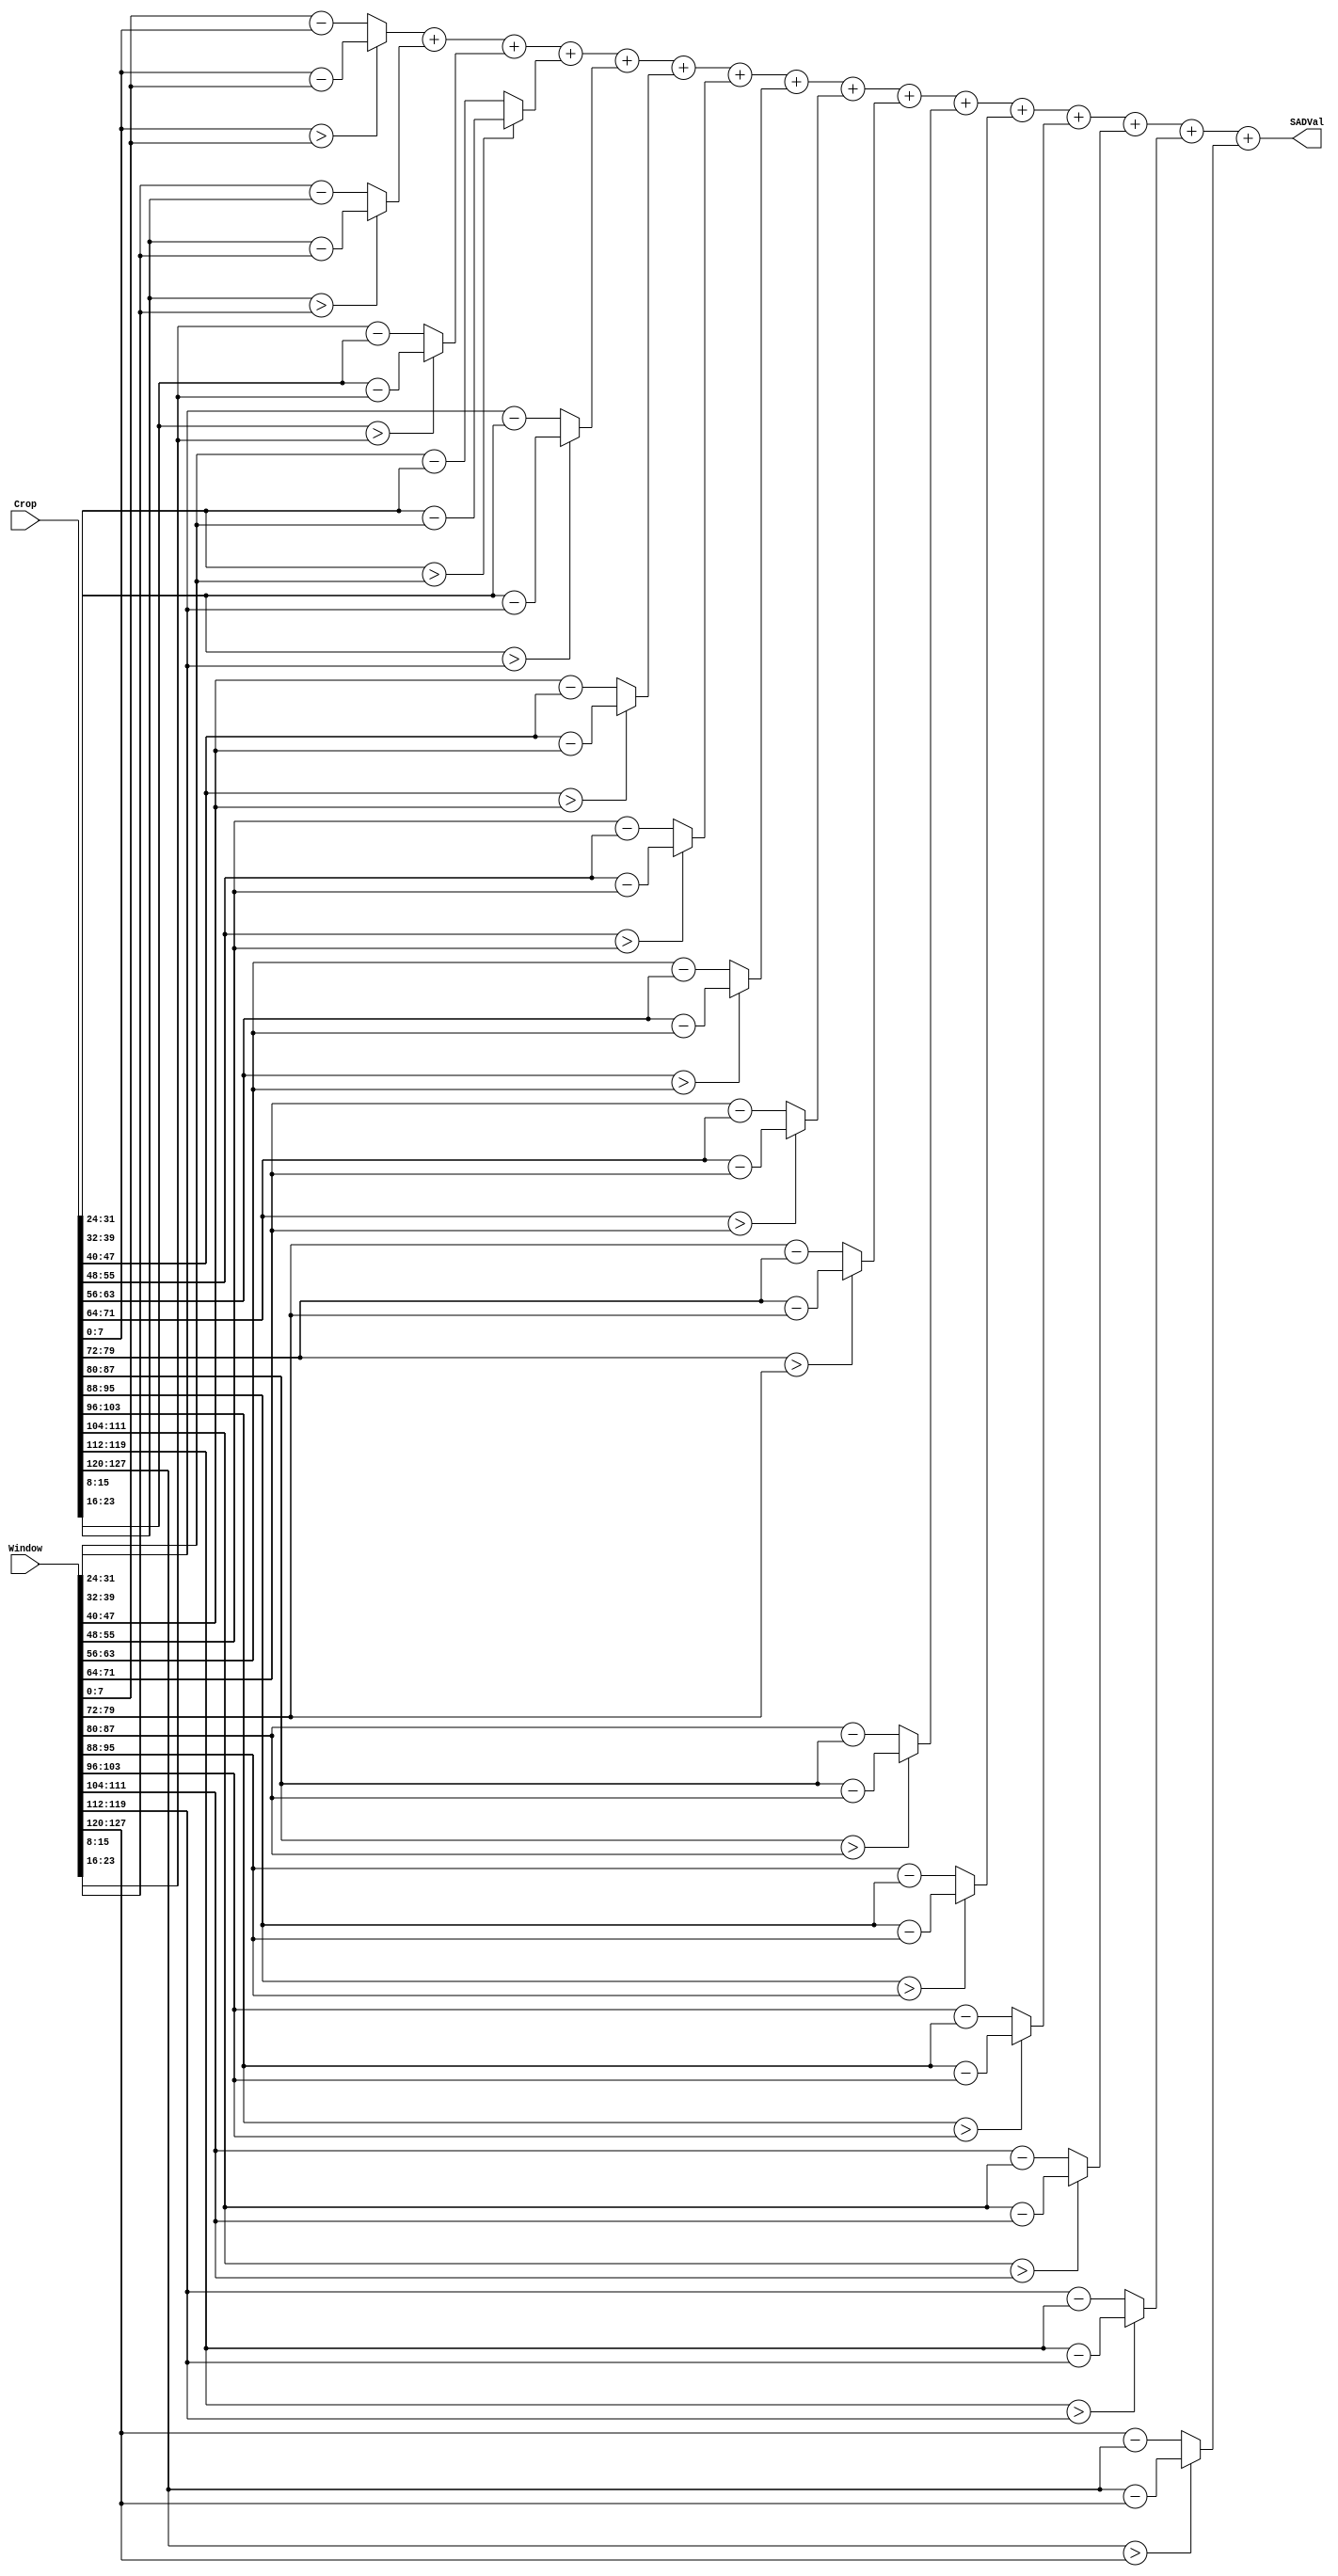
`timescale 1ns / 1ps

module OneSADCalc(Crop, Window, SADVal);
    
    input [4*4*8-1:0] Crop;
    input [4*4*8-1:0] Window;
    output wire [11:0] SADVal;

    reg [16*8-1:0] abs_differences;

    integer i;
    always @(*) begin
        for (i = 0; i < 4*4; i = i + 1) begin
            if (Crop[i*8 +: 8] > Window[i*8 +: 8]) begin
                abs_differences[i*8 +: 8] <= Crop[i*8 +: 8] - Window[i*8 +: 8];
            end else begin
                abs_differences[i*8 +: 8] <= Window[i*8 +: 8] - Crop[i*8 +: 8];
            end
        end
    end

    assign SADVal = abs_differences[0*8 +: 8] +
                    abs_differences[1*8 +: 8] +
                    abs_differences[2*8 +: 8] +
                    abs_differences[3*8 +: 8] +
                    abs_differences[4*8 +: 8] +
                    abs_differences[5*8 +: 8] +
                    abs_differences[6*8 +: 8] +
                    abs_differences[7*8 +: 8] +
                    abs_differences[8*8 +: 8] +
                    abs_differences[9*8 +: 8] +
                    abs_differences[10*8 +: 8] +
                    abs_differences[11*8 +: 8] +
                    abs_differences[12*8 +: 8] +
                    abs_differences[13*8 +: 8] +
                    abs_differences[14*8 +: 8] +
                    abs_differences[15*8 +: 8];

endmodule